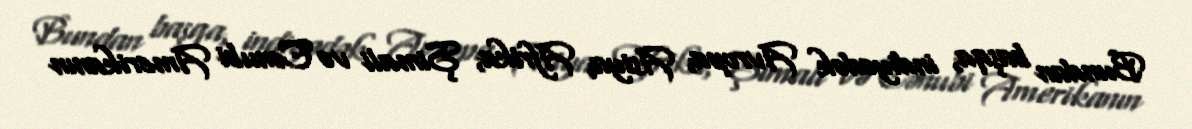
Bundan başqa, indiyədək Avropa, Asiya, Afrika, Şimali və Cənubi Amerikanın